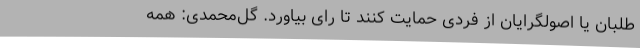
طلبان یا اصولگرایان از فردی حمایت کنند تا رای بیاورد. گل‌محمدی: همه